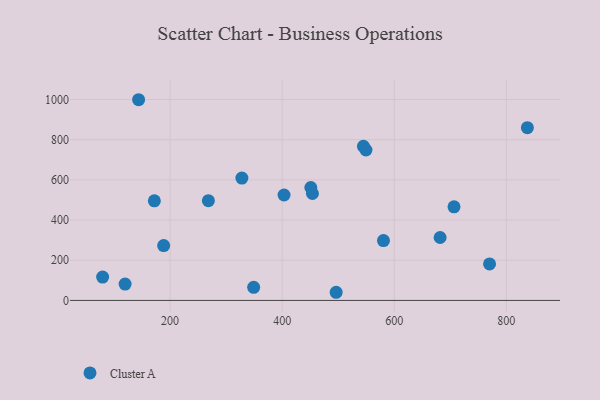
{"axis": {"x": "Experience", "y": "Profit"}, "legend": ["Cluster A"], "data": [{"x": "268.3", "y": 496.6, "type": "Cluster A"}, {"x": "79.6", "y": 116.0, "type": "Cluster A"}, {"x": "454.0", "y": 532.3, "type": "Cluster A"}, {"x": "545.0", "y": 767.0, "type": "Cluster A"}, {"x": "681.8", "y": 313.3, "type": "Cluster A"}, {"x": "837.5", "y": 860.2, "type": "Cluster A"}, {"x": "119.7", "y": 81.1, "type": "Cluster A"}, {"x": "549.5", "y": 748.9, "type": "Cluster A"}, {"x": "143.8", "y": 999.1, "type": "Cluster A"}, {"x": "188.5", "y": 273.0, "type": "Cluster A"}, {"x": "403.3", "y": 524.7, "type": "Cluster A"}, {"x": "349.1", "y": 65.1, "type": "Cluster A"}, {"x": "451.1", "y": 562.1, "type": "Cluster A"}, {"x": "328.1", "y": 609.0, "type": "Cluster A"}, {"x": "706.6", "y": 465.7, "type": "Cluster A"}, {"x": "580.7", "y": 297.7, "type": "Cluster A"}, {"x": "171.9", "y": 496.0, "type": "Cluster A"}, {"x": "770.0", "y": 181.6, "type": "Cluster A"}, {"x": "496.3", "y": 40.5, "type": "Cluster A"}]}